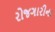
રોજગારીના